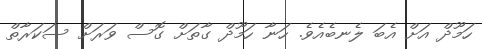
ހަމޫދް އަށް އެބަ ލެނބެއެވެ. ހަނާ ހަމޫދް ގާތަށް ގޮސް ވަރަށް ސަކަރާތް